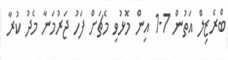
ބްރެޒިލް އަތުން 7-1 އިން މޮޅުވި މެޗަށް ފަހު ޖަރުމަނާ މެދު ކުރާ